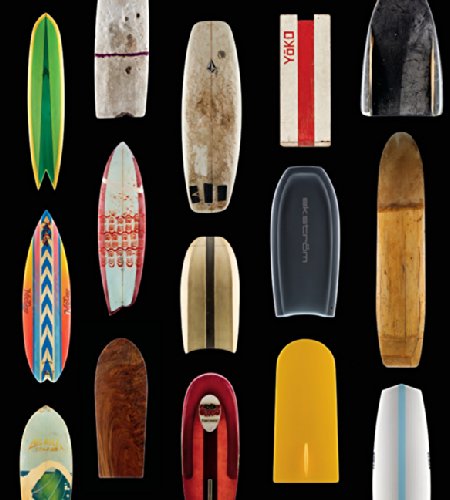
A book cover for Surf Craft: Design and the Culture of Board Riding; Richard Kenvin; Sports & Outdoors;